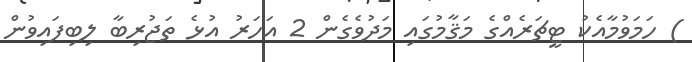
) ހަމަވުމާއެކު ޓީޗަރެއްގެ މަޤާމުގައި މަދުވެގެން 2 އަހަރު އުޅެ ތަޖުރިބާ ލިބިފައިވުން